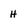
Character: H